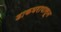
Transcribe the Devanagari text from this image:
डाकघरापासून